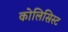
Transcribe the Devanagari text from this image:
कोलिसिस्ट